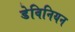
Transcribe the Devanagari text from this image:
डेविनियन